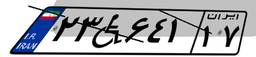
۲۳W۶۴۱۱۷